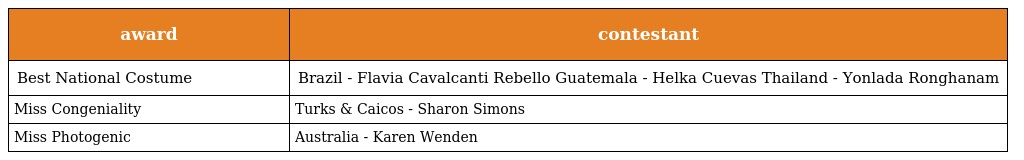
| award | contestant |
 | --- | --- |
 | Best National Costume | Brazil - Flavia Cavalcanti Rebello Guatemala - Helka Cuevas Thailand - Yonlada Ronghanam |
 | Miss Congeniality | Turks & Caicos - Sharon Simons |
 | Miss Photogenic | Australia - Karen Wenden |